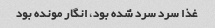
غذا سرد سرد شده بود، انگار مونده بود